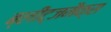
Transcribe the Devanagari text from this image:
ब्लीट्जमैक्स